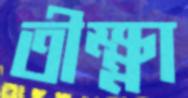
তীক্ষ্ণা